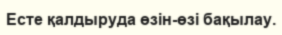
Есте қалдыруда өзін-өзі бақылау.